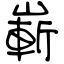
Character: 嶄